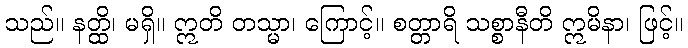
သည်။ နတ္ထိ၊ မရှိ။ ဣတိ တသ္မာ၊ ကြောင့်။ စတ္တာရိ သစ္စာနီတိ ဣမိနာ၊ ဖြင့်။